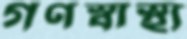
গণস্বাস্থ্য